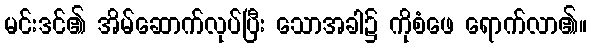
မင်းဒင်၏ အိမ်ဆောက်လုပ်ပြီး သောအခါ၌ ကိုစံဖေ ရောက်လာ၏။